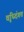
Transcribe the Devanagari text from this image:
वृध्दिंगत